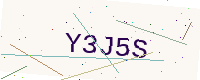
Text: Y3J5S